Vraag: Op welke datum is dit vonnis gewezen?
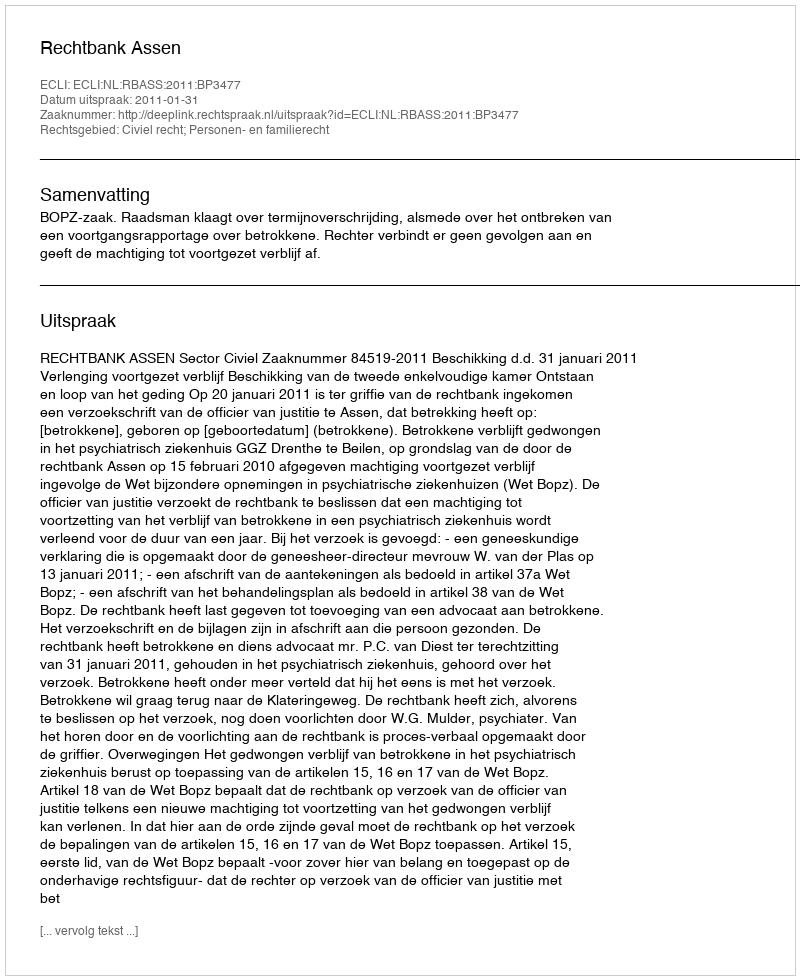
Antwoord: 2011-01-31